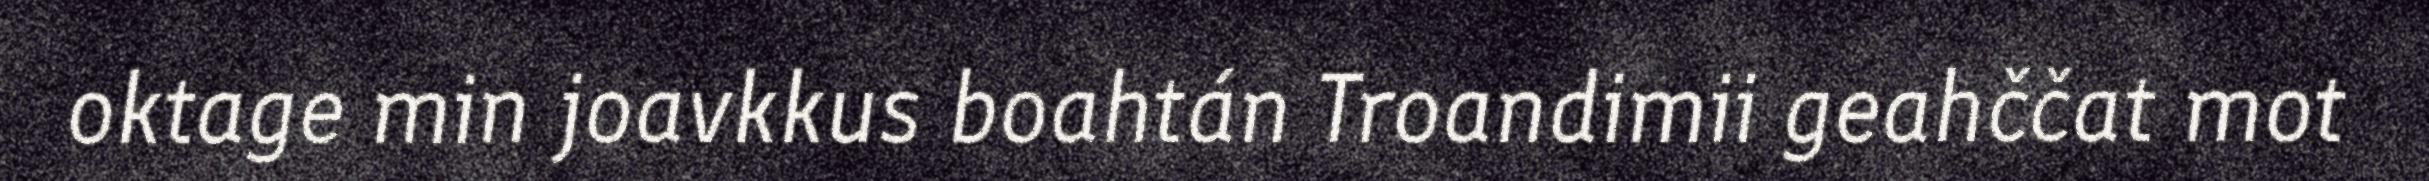
oktage min joavkkus boahtán Troandimii geahččat mot